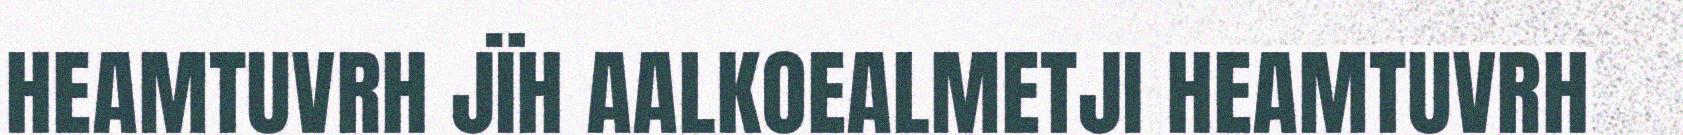
HEAMTUVRH JÏH AALKOEALMETJI HEAMTUVRH